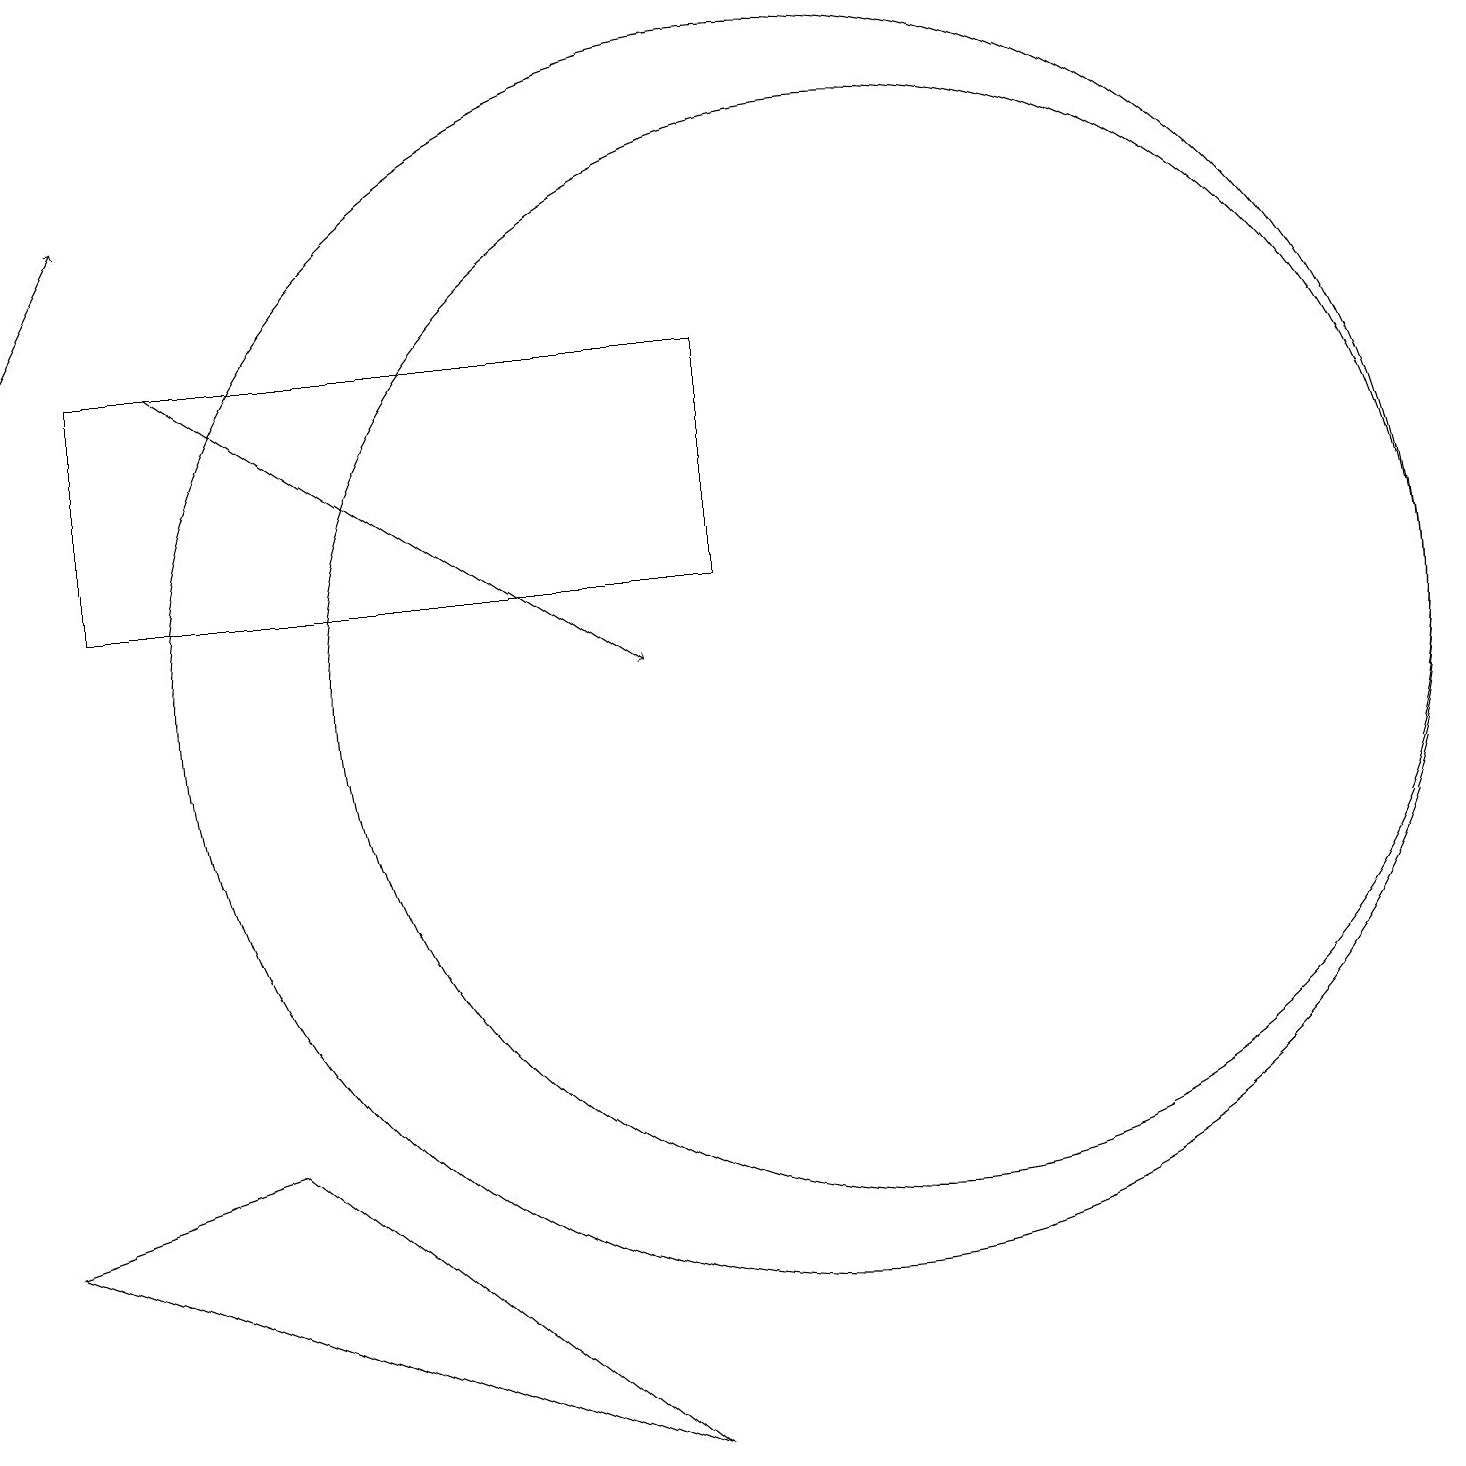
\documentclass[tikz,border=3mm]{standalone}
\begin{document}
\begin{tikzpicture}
\draw (10,10) circle (8);
\draw (1,14) rectangle (9,11);
\draw (11,10) circle (7);
\draw (0,3) -- (3,4) -- (8,0) -- cycle;
\draw[->] (2,14) -- (8,10);
\draw[->] (0,14) -- (1,16);
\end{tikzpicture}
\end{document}